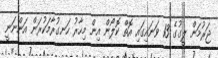
ޖަރުމަން ލީގުގެ 13 ވަނައިގައި އޮތް ކޮލޯން އިން މިހާރު ހަނގުރާމަކުރަން އަންނަނީ